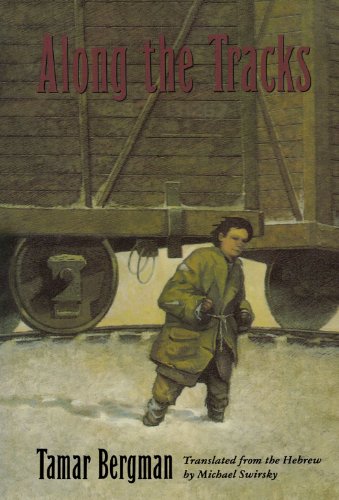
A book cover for Along the Tracks (Sandpiper paperbacks); Tamar Bergman; Teen & Young Adult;